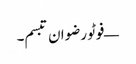
— فوٹو رضوان تبسم۔